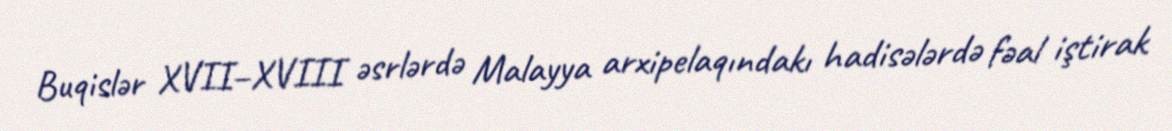
Buqislər XVII–XVIII əsrlərdə Malayya arxipelaqındakı hadisələrdə fəal iştirak